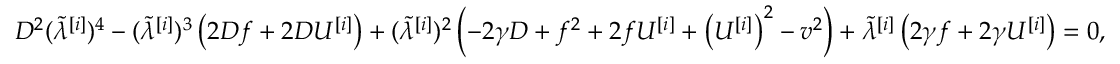
D ^ { 2 } ( \tilde { \lambda } ^ { [ i ] } ) ^ { 4 } - ( \tilde { \lambda } ^ { [ i ] } ) ^ { 3 } \left( 2 D f + 2 D U ^ { [ i ] } \right) + ( \tilde { \lambda } ^ { [ i ] } ) ^ { 2 } \left( - 2 \gamma D + f ^ { 2 } + 2 f U ^ { [ i ] } + \left( U ^ { [ i ] } \right) ^ { 2 } - v ^ { 2 } \right) + \tilde { \lambda } ^ { [ i ] } \left( 2 \gamma f + 2 \gamma U ^ { [ i ] } \right) = 0 ,